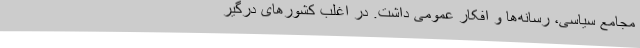
مجامع سیاسی، رسانه‌ها ‌و افکار عمومی داشت. در اغلب کشورهای درگیرِ